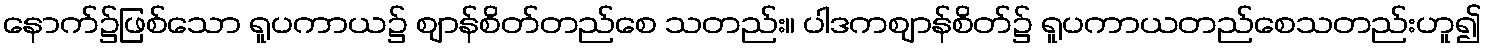
နောက်၌ဖြစ်သော ရူပကာယ၌ ဈာန်စိတ်တည်စေ သတည်း။ ပါဒကဈာန်စိတ်၌ ရူပကာယတည်စေသတည်းဟူ၍